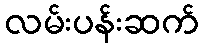
လမ်းပန်းဆက်